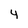
Character: y